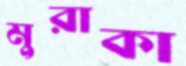
মুরাকা